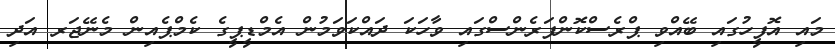
މައި އޮފީހުގައި ބޭއްވި ޕްރެސްކޮންފަރެންސްގައި ވާހަކަ ދައްކަވަމުން އެމްޑީޕީގެ ކެމްޕެއިން މެނޭޖަރ އަދި